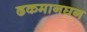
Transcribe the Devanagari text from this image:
ढकमानघन